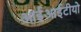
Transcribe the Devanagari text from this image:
आईआईटीयो